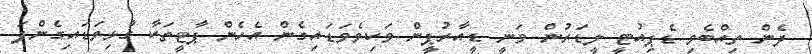
ދެން ތިއްބެވި ޑެޕިއުޓީ ލީޑަރުން ވަނީ ޑީއާރުޕީން ވަކިވެވަޑައިގެން އެހެން ޕާޓީތަކާ ގުޅިވަޑައިގެންފަ